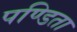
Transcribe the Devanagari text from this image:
पण्डिता